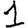
Digit: 1